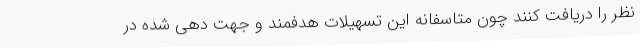
نظر را دریافت کنند چون متاسفانه این تسهیلات هدفمند و جهت دهی شده در